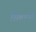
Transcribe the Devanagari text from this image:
सिंहांनी